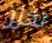
تحزر